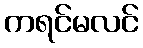
ကရင်မလင်